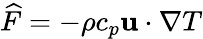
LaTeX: \widehat F=-\rho{c_{p}}{\mathbf{u}}\cdot\nabla T